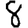
Digit: 8